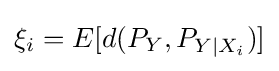
\xi _{i}=E[d(P_{Y},P_{Y|X_{i}})]